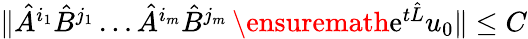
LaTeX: \begin{array}{r}{\| \hat{A}^{i_{1}}\hat{B}^{j_{1}}\ldots\hat{A}^{i_{m}}\hat{B}^{j_{m}}\, \ensuremath{\mathrm{e}}^{t\hat{L}}u_{0}\| \leq C}\end{array}